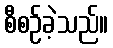
စီစဉ်ခဲ့သည်။